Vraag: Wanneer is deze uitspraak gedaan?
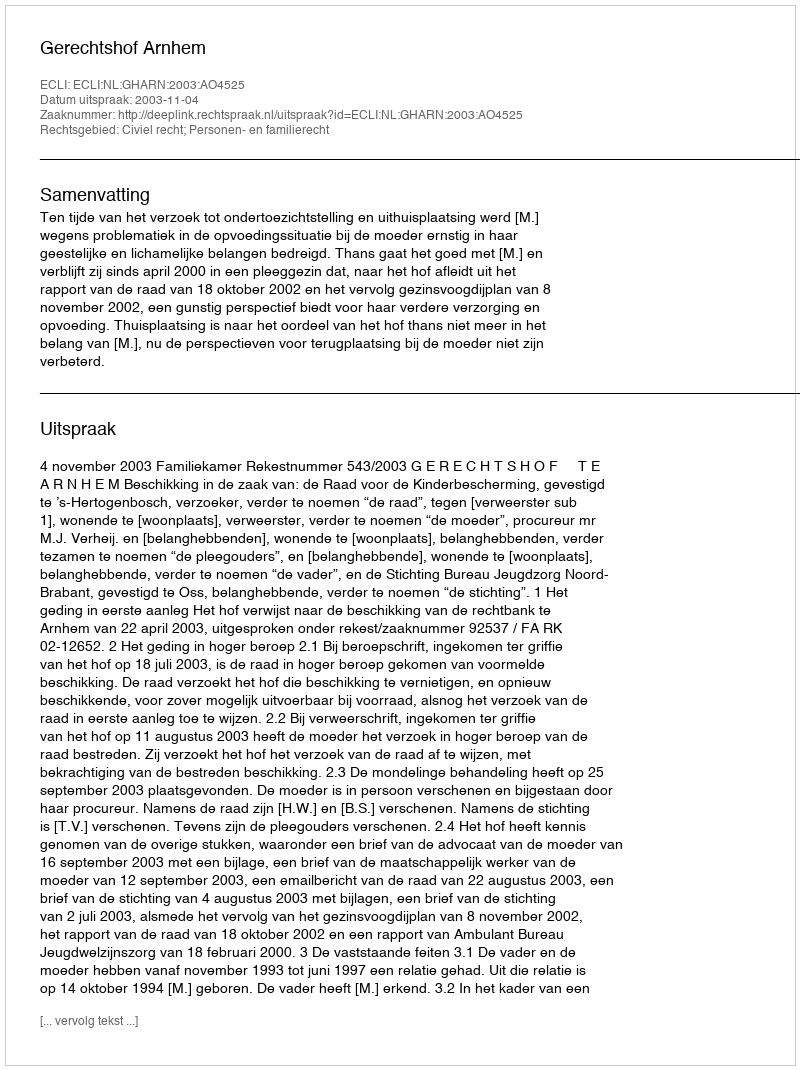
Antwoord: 2003-11-04